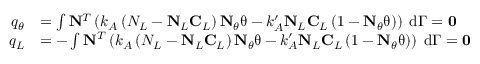
\begin{array} { r l } { q _ { \theta } } & { = \int \mathbf { N } ^ { T } \left( k _ { A } \left( N _ { L } - \mathbf { N } _ { L } \mathbf { C } _ { L } \right) \mathbf { N } _ { \theta } \mathbf { \uptheta } - k _ { A } ^ { \prime } \mathbf { N } _ { L } \mathbf { C } _ { L } \left( 1 - \mathbf { N } _ { \theta } \mathbf { \uptheta } \right) \right) \; \mathrm { d } \Gamma = \mathbf { 0 } } \\ { q _ { L } } & { = - \int \mathbf { N } ^ { T } \left( k _ { A } \left( N _ { L } - \mathbf { N } _ { L } \mathbf { C } _ { L } \right) \mathbf { N } _ { \theta } \mathbf { \uptheta } - k _ { A } ^ { \prime } \mathbf { N } _ { L } \mathbf { C } _ { L } \left( 1 - \mathbf { N } _ { \theta } \mathbf { \uptheta } \right) \right) \; \mathrm { d } \Gamma = \mathbf { 0 } } \end{array}